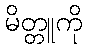
မိတ္တူကို